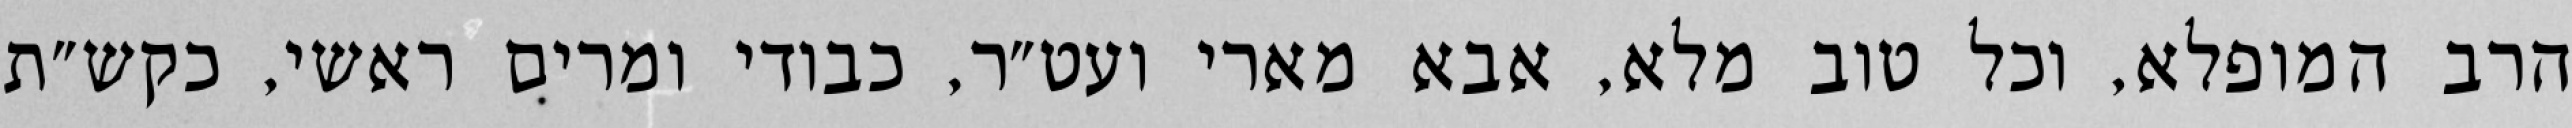
הרב המופלא, וכל טוב מלא, אבא מארי ועט״ר, כבודי ומרים ראשי, כקש״ת